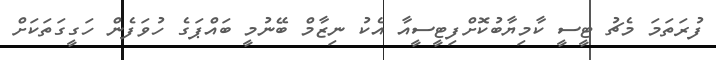
ފުރަތަމަ މެޗު ޓީސީ ކާމިޔާބުކޮށްފިޓީސީއާ އެކު ނިޒާމް ބޭނުމީ ބައްޕަގެ ހުވަފެން ހަގީގަތަކަށް